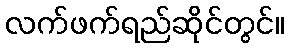
လက်ဖက်ရည်ဆိုင်တွင်။